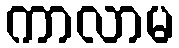
ကာလာမ